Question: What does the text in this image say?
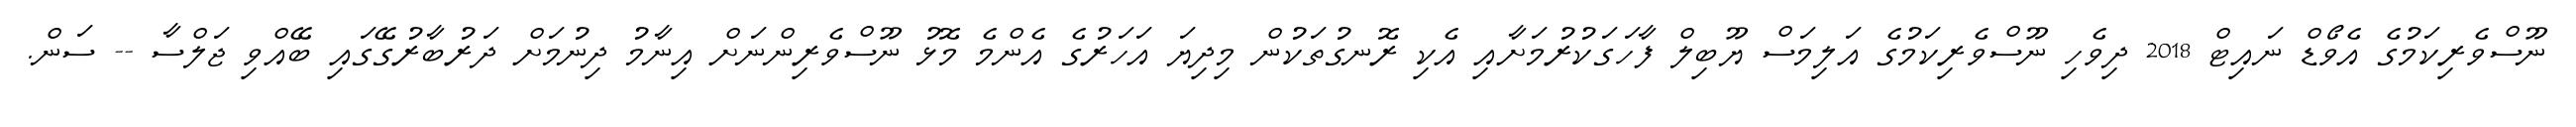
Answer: ނޫސްވެރިކަމުގެ އެވޯޑް ނައިޓް 2018 ދިވެހި ނޫސްވެރިކަމުގެ އަލިމަސް ޔޫބިލް ފާހަގަކުރުމަށާއި އެކި ރޮނގުތަކުން މިދިޔަ އަހަރުގެ އެންމެ މޮޅު ނޫސްވެރިންނަށް އިނާމު ދިނުމަށް ދަރުބާރުގޭގައި ބޭއްވި ޖަލްސާ -- ސަން.